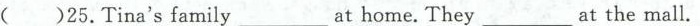
( )25.Tina'sfamily___at home. They ___at_the mall.